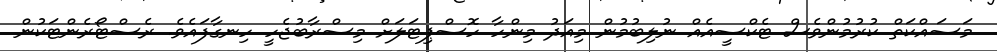
މަސައްކަތް ކުރުމުންވެސް ޓެކްސީއެއް ނުލިބުމުން މިއަދު މިންހާ ހޮސްޕިޓަލަށް މިސްރާބުޖެހީ ހިނގާފައެވެ. ރެސްޓޯރެންޓަކުން